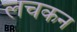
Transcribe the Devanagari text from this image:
लचकन